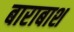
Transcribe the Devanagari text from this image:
बाराबाश